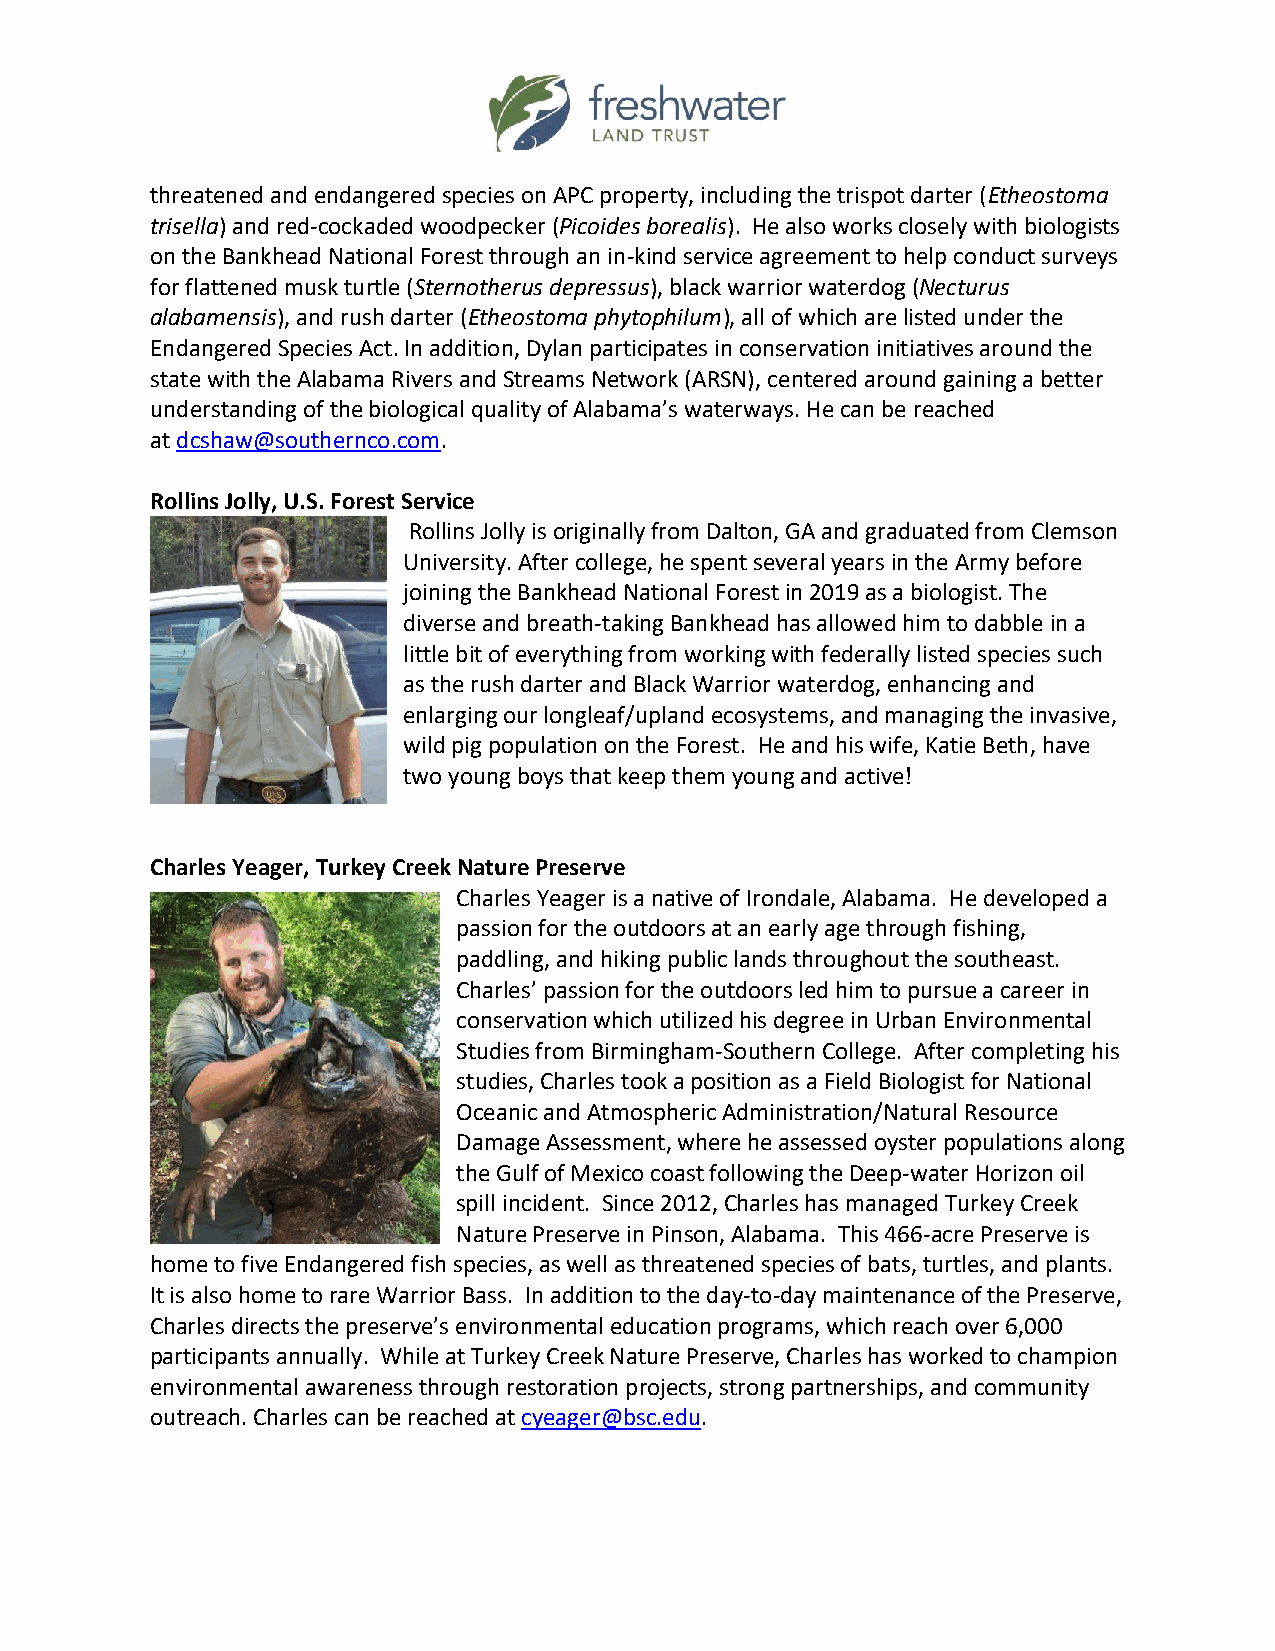
threatened and endangered species on APC property, including the trispot darter (Etheostoma
 trisella) and red-cockaded woodpecker (Picoides borealis). He also works closely with biologists
 on the Bankhead National Forest through an in-kind service agreement to help conduct surveys
 for flattened musk turtle (Sternotherus depressus), black warrior waterdog (Necturus
 alabamensis), and rush darter (Etheostoma phytophilum), all of which are listed under the
 Endangered Species Act. In addition, Dylan participates in conservation initiatives around the
 state with the Alabama Rivers and Streams Network (ARSN), centered around gaining a better
 understanding of the biological quality of Alabama’s waterways. He can be reached
 at dcshaw@southernco.com.
 Rollins Jolly, U.S. Forest Service
 Rollins Jolly is originally from Dalton, GA and graduated from Clemson
 University. After college, he spent several years in the Army before
 joining the Bankhead National Forest in 2019 as a biologist. The
 diverse and breath-taking Bankhead has allowed him to dabble in a
 little bit of everything from working with federally listed species such
 as the rush darter and Black Warrior waterdog, enhancing and
 enlarging our longleaf/upland ecosystems, and managing the invasive,
 wild pig population on the Forest. He and his wife, Katie Beth, have
 two young boys that keep them young and active!
 Charles Yeager, Turkey Creek Nature Preserve
 Charles Yeager is a native of Irondale, Alabama. He developed a
 passion for the outdoors at an early age through fishing,
 paddling, and hiking public lands throughout the southeast.
 Charles’ passion for the outdoors led him to pursue a career in
 conservation which utilized his degree in Urban Environmental
 Studies from Birmingham-Southern College. After completing his
 studies, Charles took a position as a Field Biologist for National
 Oceanic and Atmospheric Administration/Natural Resource
 Damage Assessment, where he assessed oyster populations along
 the Gulf of Mexico coast following the Deep-water Horizon oil
 spill incident. Since 2012, Charles has managed Turkey Creek
 Nature Preserve in Pinson, Alabama. This 466-acre Preserve is
 home to five Endangered fish species, as well as threatened species of bats, turtles, and plants.
 It is also home to rare Warrior Bass. In addition to the day-to-day maintenance of the Preserve,
 Charles directs the preserve’s environmental education programs, which reach over 6,000
 participants annually. While at Turkey Creek Nature Preserve, Charles has worked to champion
 environmental awareness through restoration projects, strong partnerships, and community
 outreach. Charles can be reached at cyeager@bsc.edu.